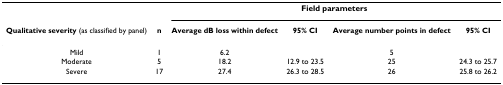
|  |  | <COLSPAN=4> Field parameters |
 | Qualitative severity (as classified by panel) | n | Average dB loss within defect | 95% CI | Average number points in defect | 95% CI |
 | --- | --- | --- | --- | --- | --- |
 | Mild | 1 | 6.2 |  | 5 |  |
 | Moderate | 5 | 18.2 | 12.9 to 23.5 | 25 | 24.3 to 25.7 |
 | Severe | 17 | 27.4 | 26.3 to 28.5 | 26 | 25.8 to 26.2 |